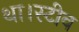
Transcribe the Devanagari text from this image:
था।स्टीव